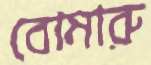
বোমারু